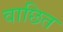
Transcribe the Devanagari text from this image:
वाछित